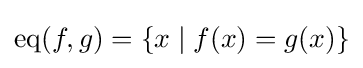
{\mbox{eq}}(f,g)=\{x\mid f(x)=g(x)\}